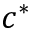
c ^ { * }